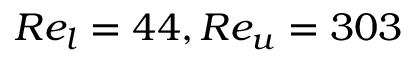
R e _ { l } = 4 4 , R e _ { u } = 3 0 3